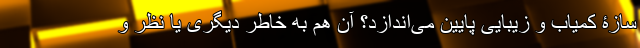
سازۀ کمیاب و زیبایی پایین می‌اندازد؟ آن هم به خاطر دیگری یا نظر و